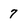
Character: 7